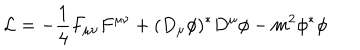
{ \cal L } = - { \frac { 1 } { 4 } } F _ { \mu \nu } F ^ { \mu \nu } + ( D _ { \mu } \phi ) ^ { * } D ^ { \mu } \phi - m ^ { 2 } \phi ^ { * } \phi